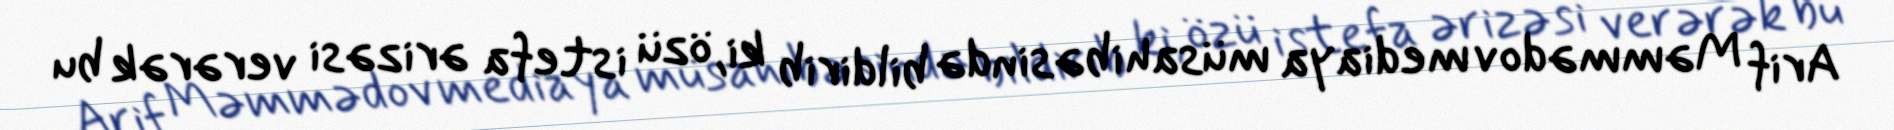
Arif Məmmədov mediaya müsahibəsində bildirib ki, özü istefa ərizəsi verərək bu